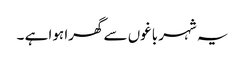
یہ شہر باغوں سے گھرا ہوا ہے ۔